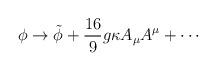
LaTeX: \begin{align*}\phi \rightarrow \tilde{\phi} + \frac{16}{9} g \kappa A_\mu A^\mu + \cdots\end{align*}